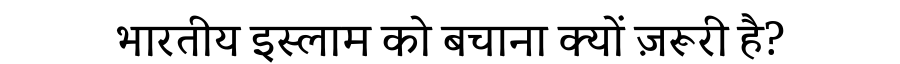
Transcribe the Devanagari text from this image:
भारतीय इस्लाम को बचाना क्यों ज़रूरी है?